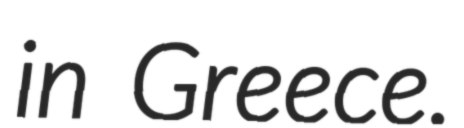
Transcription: in Greece.